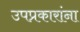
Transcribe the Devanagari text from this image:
उपप्रकारांना